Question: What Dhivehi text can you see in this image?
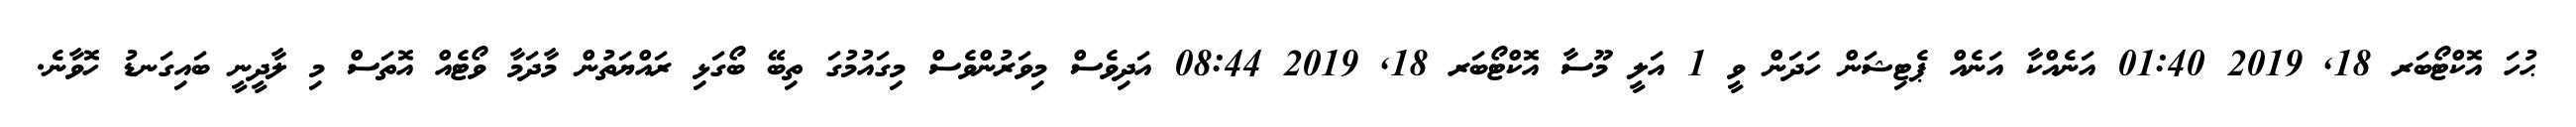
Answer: ޙުހަ އޮކްޓޯބަރ 18, 2019 01:40 އަނެއްކާ އަނެއް ޕެޓިޝަން ހަދަން ވީ 1 އަލީ މޫސާ އޮކްޓޯބަރ 18, 2019 08:44 އަދިވެސް މިވަރުންވެސް މިގައުމުގަ ތިބޭ ބޯގަޅި ރައްޔަތުން މާދަމާ ވޯޓެއް އޮތަސް މި ލާދީނީ ބައިގަނޑު ހޮވާނެ.